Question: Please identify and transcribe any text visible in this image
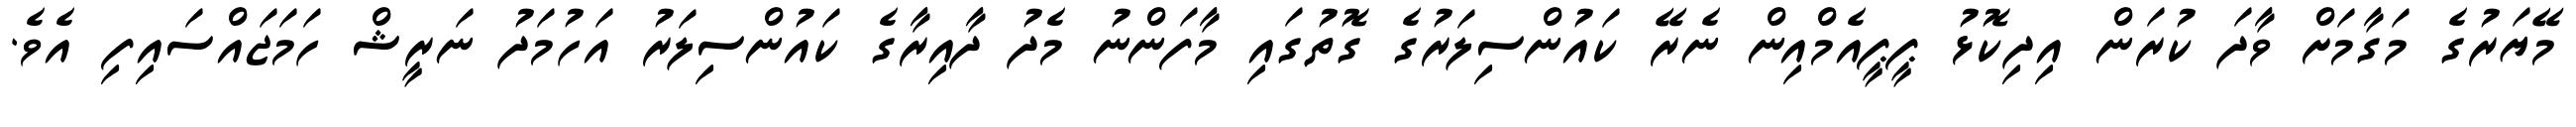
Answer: މޭޔަރުގެ މަގާމަށް ވާދަ ކުރަން އިދިކޮޅު ޕީޕީއެމްއިން ނެރޭ ކައުންސިލަރުގެ ގޮތުގައި މާފަންނު މެދު ދާއިރާގެ ކައުންސިލަރު އަހުމަދު ނަރީޝް ހަމަޖައްސައިފި އެވެ.